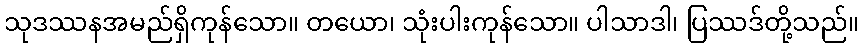
သုဒဿနအမည်ရှိကုန်သော။ တယော၊ သုံးပါးကုန်သော။ ပါသာဒါ၊ ပြဿဒ်တို့သည်။